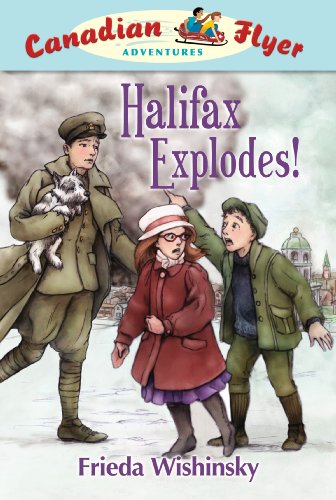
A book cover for Canadian Flyer Adventures #17: Halifax Explodes!; Frieda Wishinsky; Children's Books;